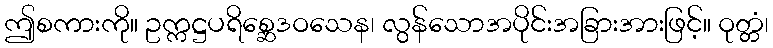
ဤစကားကို။ ဥက္ကဋ္ဌပရိစ္ဆေဒဝသေန၊ လွန်သောအပိုင်းအခြားအားဖြင့်။ ဝုတ္တံ၊